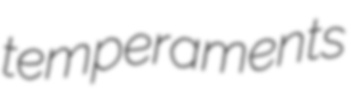
temperaments